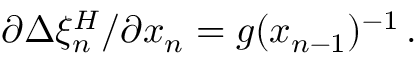
{ \partial \Delta \xi _ { n } ^ { H } } / { \partial x _ { n } } = g ( x _ { n - 1 } ) ^ { - 1 } \, .